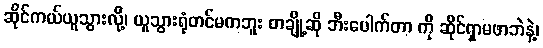
ဆိုင်ကယ်ယူသွားလို့၊ ယူသွားရုံတင်မကဘူး တချို့ဆို ဘီးပေါက်တာ ကို ဆိုင်ရှာမဖာဘဲနဲ့၊